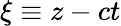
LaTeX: \xi\equiv z-ct